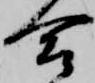
合